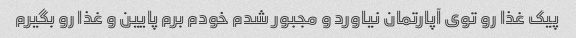
پیک غذا رو توی آپارتمان نیاورد و مجبور شدم خودم برم پایین و غذا رو بگیرم